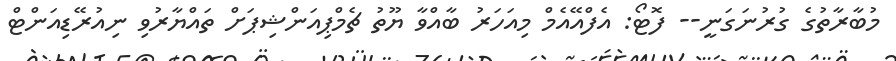
މުބާރާތުގެ ގުރުނަގަނީ-- ފޮޓޯ: އެފްއޭއެމް މިއަހަރު ބާއްވާ ޔޫތު ޗެމްޕިއަންޝިޕަށް ތައްޔާރުވި ނިއުރޭޑިއަންޓް